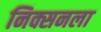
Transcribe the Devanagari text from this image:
निक्सनला